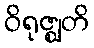
ဝိရုဇ္ဈတိ